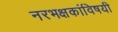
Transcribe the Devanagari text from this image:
नरभक्षकांविषयी